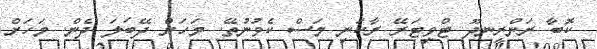
ކޮބާ ރަންރީނދޫ ޓްވިޓަރޭ ރާކަނި މަސް ކެވުނުތޭ. މަހަށް ދޭބަލަ ދެން. މަަހަށް